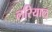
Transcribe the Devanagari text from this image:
लरियाल्